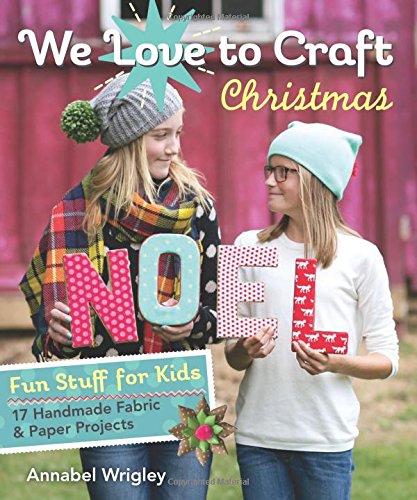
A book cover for We Love to CraftChristmas: Fun Stuff for Kids  17 Handmade Fabric & Paper Projects; Annabel Wrigley; Teen & Young Adult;